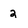
Character: 2